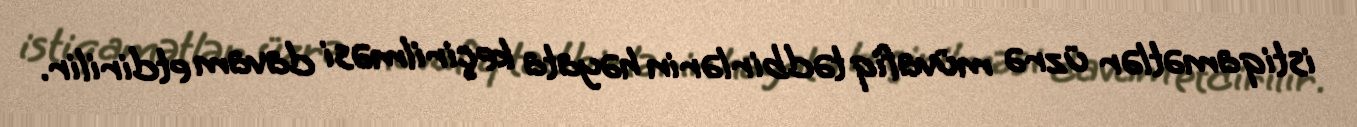
istiqamətlər üzrə müvafiq tədbirlərin həyata keçirilməsi davam etdirilir.